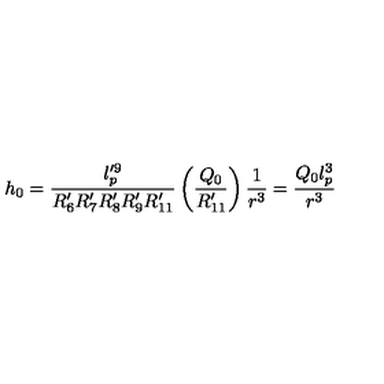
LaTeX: h _ { 0 } = \frac { l _ { p } ^ { \prime 9 } } { R _ { 6 } ^ { \prime } R _ { 7 } ^ { \prime } R _ { 8 } ^ { \prime } R _ { 9 } ^ { \prime } R _ { 1 1 } ^ { \prime } } \left( \frac { Q _ { 0 } } { R _ { 1 1 } ^ { \prime } } \right) \frac { 1 } { r ^ { 3 } } = \frac { Q _ { 0 } l _ { p } ^ { 3 } } { r ^ { 3 } }